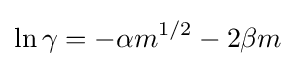
\ln {\gamma }=-\alpha m^{1/2}-2\beta m